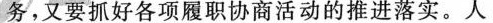
务，又要抓好各项履职协商活动的推进落实。人